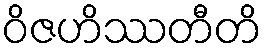
ဝိဇဟိဿတီတိ